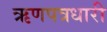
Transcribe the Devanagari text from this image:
ऋणपत्रधारी